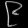
Digit: ၉